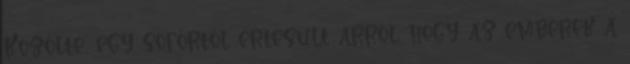
Közölte, egy sofőrtől értesült arról, hogy az emberek a